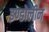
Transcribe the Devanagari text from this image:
इण्डोलीन